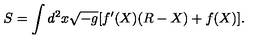
S = \int d ^ { 2 } x \sqrt { - g } [ f ^ { \prime } ( X ) ( R - X ) + f ( X ) ] .